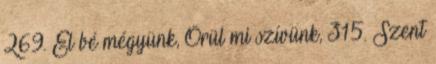
269. El bé mégyünk, Örül mi szívünk, 315. Szent